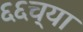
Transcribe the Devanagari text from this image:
६६च्या